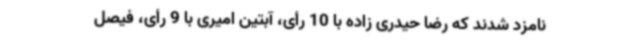
نامزد شدند که رضا حیدری زاده با 10 رأی، آبتین امیری با 9 رأی، فیصل